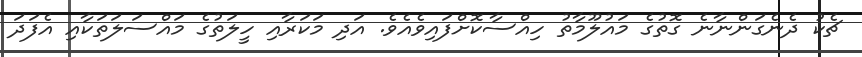
ޗެކު ދެނެގަންނާނެ ގޮތުގެ މައުލޫމާތު ހިއްސާކޮށްފައިވެއެވެ. އަދި މަކަރާއި ހީލަތުގެ މައްސަލަތަކާއި އެފަދަ